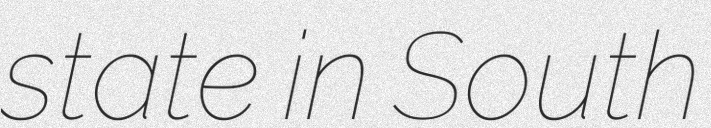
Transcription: state in South